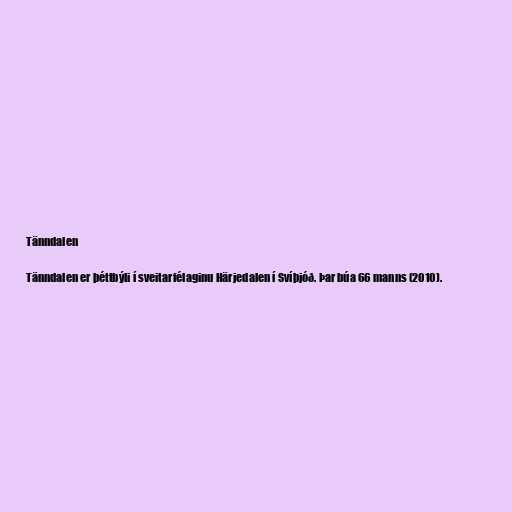
Tänndalen

Tänndalen er þéttbýli í sveitarfélaginu Härjedalen í Svíþjóð. Þar búa 66 manns (2010).